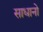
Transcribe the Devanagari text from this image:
साधानो